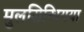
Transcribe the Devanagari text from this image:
मुलसिन्धियया